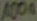
Text: 100µ